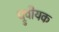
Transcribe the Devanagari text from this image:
ध्रुवीयक